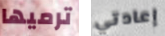
ترميها إعادتي